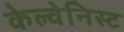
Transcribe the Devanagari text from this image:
केल्वेनिस्ट